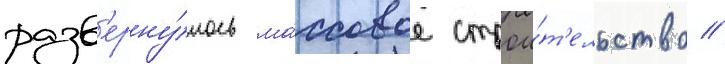
разв'ерну́лось ма́ссовое строи́т'ельство //